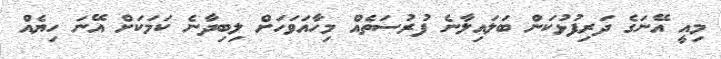
މިއީ އޭނަގެ ދަރިފުޅުކަން ބަލައިލާނެ ފުރުސަތެއް މިހާއަވަހަށް ލިބިދާނެ ކަމަކަށް އޭނަ ހިޔެއް